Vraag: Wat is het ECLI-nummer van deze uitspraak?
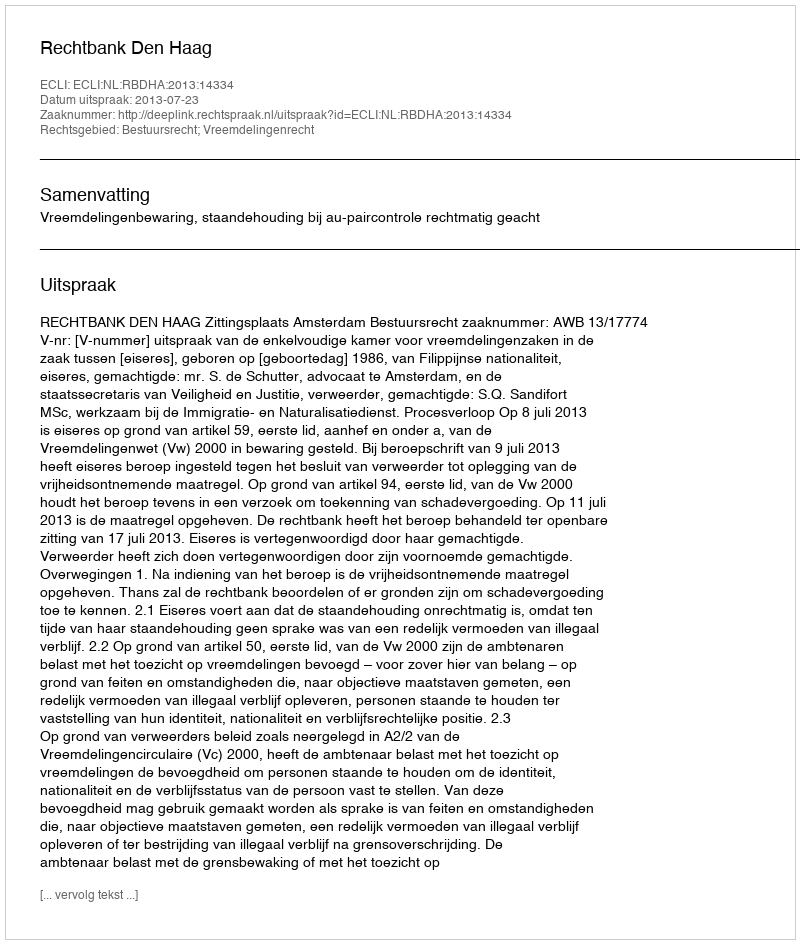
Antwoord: ECLI:NL:RBDHA:2013:14334